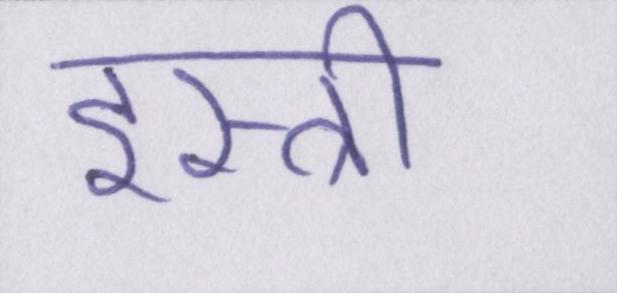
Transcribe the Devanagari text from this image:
इस्त्री